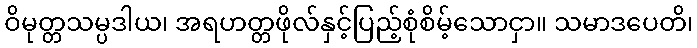
ဝိမုတ္တသမ္ပဒါယ၊ အရဟတ္တဖိုလ်နှင့်ပြည့်စုံစိမ့်သောငှာ။ သမာဒပေတိ၊